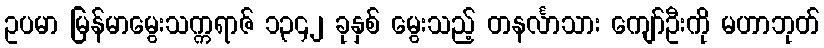
ဥပမာ မြန်မာမွေးသက္ကရာဇ် ၁၃၄၂ ခုနှစ် မွေးသည့် တနင်္လာသား ကျော်ဦးကို မဟာဘုတ်